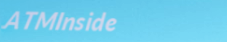
ATMInside